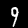
Label: 9